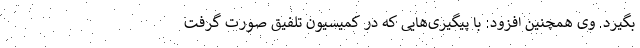
بگیرد. وی همچنین افزود: با پیگیری‌هایی که در کمیسیون تلفیق صورت گرفت